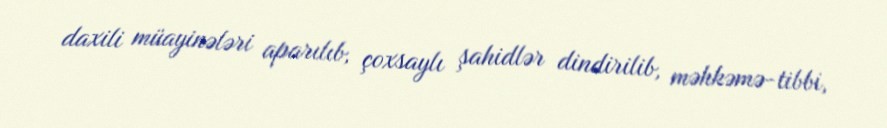
daxili müayinələri aparılıb, çoxsaylı şahidlər dindirilib, məhkəmə-tibbi,